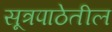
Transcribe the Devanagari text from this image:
सूत्रपाठेतील